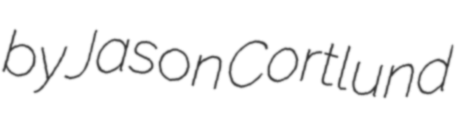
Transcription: by Jason Cortlund